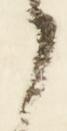
候